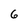
Character: 6